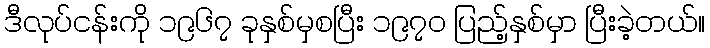
ဒီလုပ်ငန်းကို ၁၉၆၇ ခုနှစ်မှစပြီး ၁၉၇၀ ပြည့်နှစ်မှာ ပြီးခဲ့တယ်။